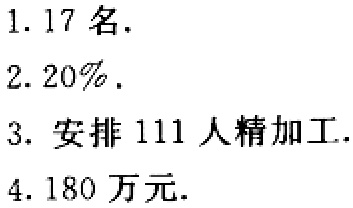
1. 17 名.

2. 20%.

3. 安排 111 人精加工.

4. 180 万元.